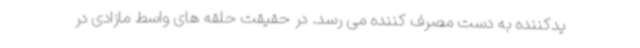
یدکننده به دست مصرف کننده می رسد. در حقیقت حلقه های واسط مازادی در